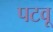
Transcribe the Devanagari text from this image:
पटवू